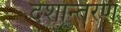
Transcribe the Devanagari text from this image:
देशान्तरण